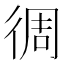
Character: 徟